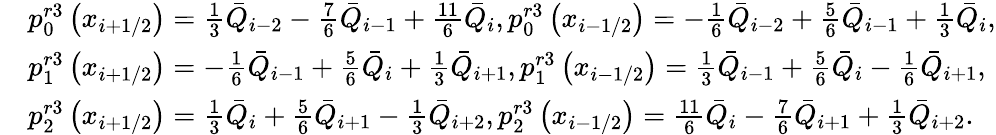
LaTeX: \begin{array}{rl}&{p_{0}^{r3}\left({{x}_{i+1/2}}\right)=\frac{1}{3}{{{\bar{Q}}}_{i-2}}-\frac{7}{6}{{{\bar{Q}}}_{i-1}}+\frac{11}{6}{{{\bar{Q}}}_{i}},p_{0}^{r3}\left({{x}_{i-1/2}}\right)=-\frac{1}{6}{{{\bar{Q}}}_{i-2}}+\frac{5}{6}{{{\bar{Q}}}_{i-1}}+\frac{1}{3}{{{\bar{Q}}}_{i}},}\\ &{p_{1}^{r3}\left({{x}_{i+1/2}}\right)=-\frac{1}{6}{{{\bar{Q}}}_{i-1}}+\frac{5}{6}{{{\bar{Q}}}_{i}}+\frac{1}{3}{{{\bar{Q}}}_{i+1}},p_{1}^{r3}\left({{x}_{i-1/2}}\right)=\frac{1}{3}{{{\bar{Q}}}_{i-1}}+\frac{5}{6}{{{\bar{Q}}}_{i}}-\frac{1}{6}{{{\bar{Q}}}_{i+1}},}\\ &{p_{2}^{r3}\left({{x}_{i+1/2}}\right)=\frac{1}{3}{{{\bar{Q}}}_{i}}+\frac{5}{6}{{{\bar{Q}}}_{i+1}}-\frac{1}{3}{{{\bar{Q}}}_{i+2}},p_{2}^{r3}\left({{x}_{i-1/2}}\right)=\frac{11}{6}{{{\bar{Q}}}_{i}}-\frac{7}{6}{{{\bar{Q}}}_{i+1}}+\frac{1}{3}{{{\bar{Q}}}_{i+2}}.}\end{array}